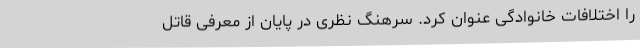
را اختلافات خانوادگی عنوان کرد. سرهنگ نظری در پایان از معرفی قاتل